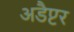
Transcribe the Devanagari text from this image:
अडैप्टर